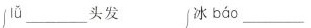
lǚ ___ 头发 冰bǎo ___